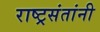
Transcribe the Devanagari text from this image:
राष्ट्रसंतांनी